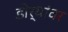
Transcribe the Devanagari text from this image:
डोर्‍यांवर